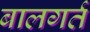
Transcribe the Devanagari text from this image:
बालगर्त